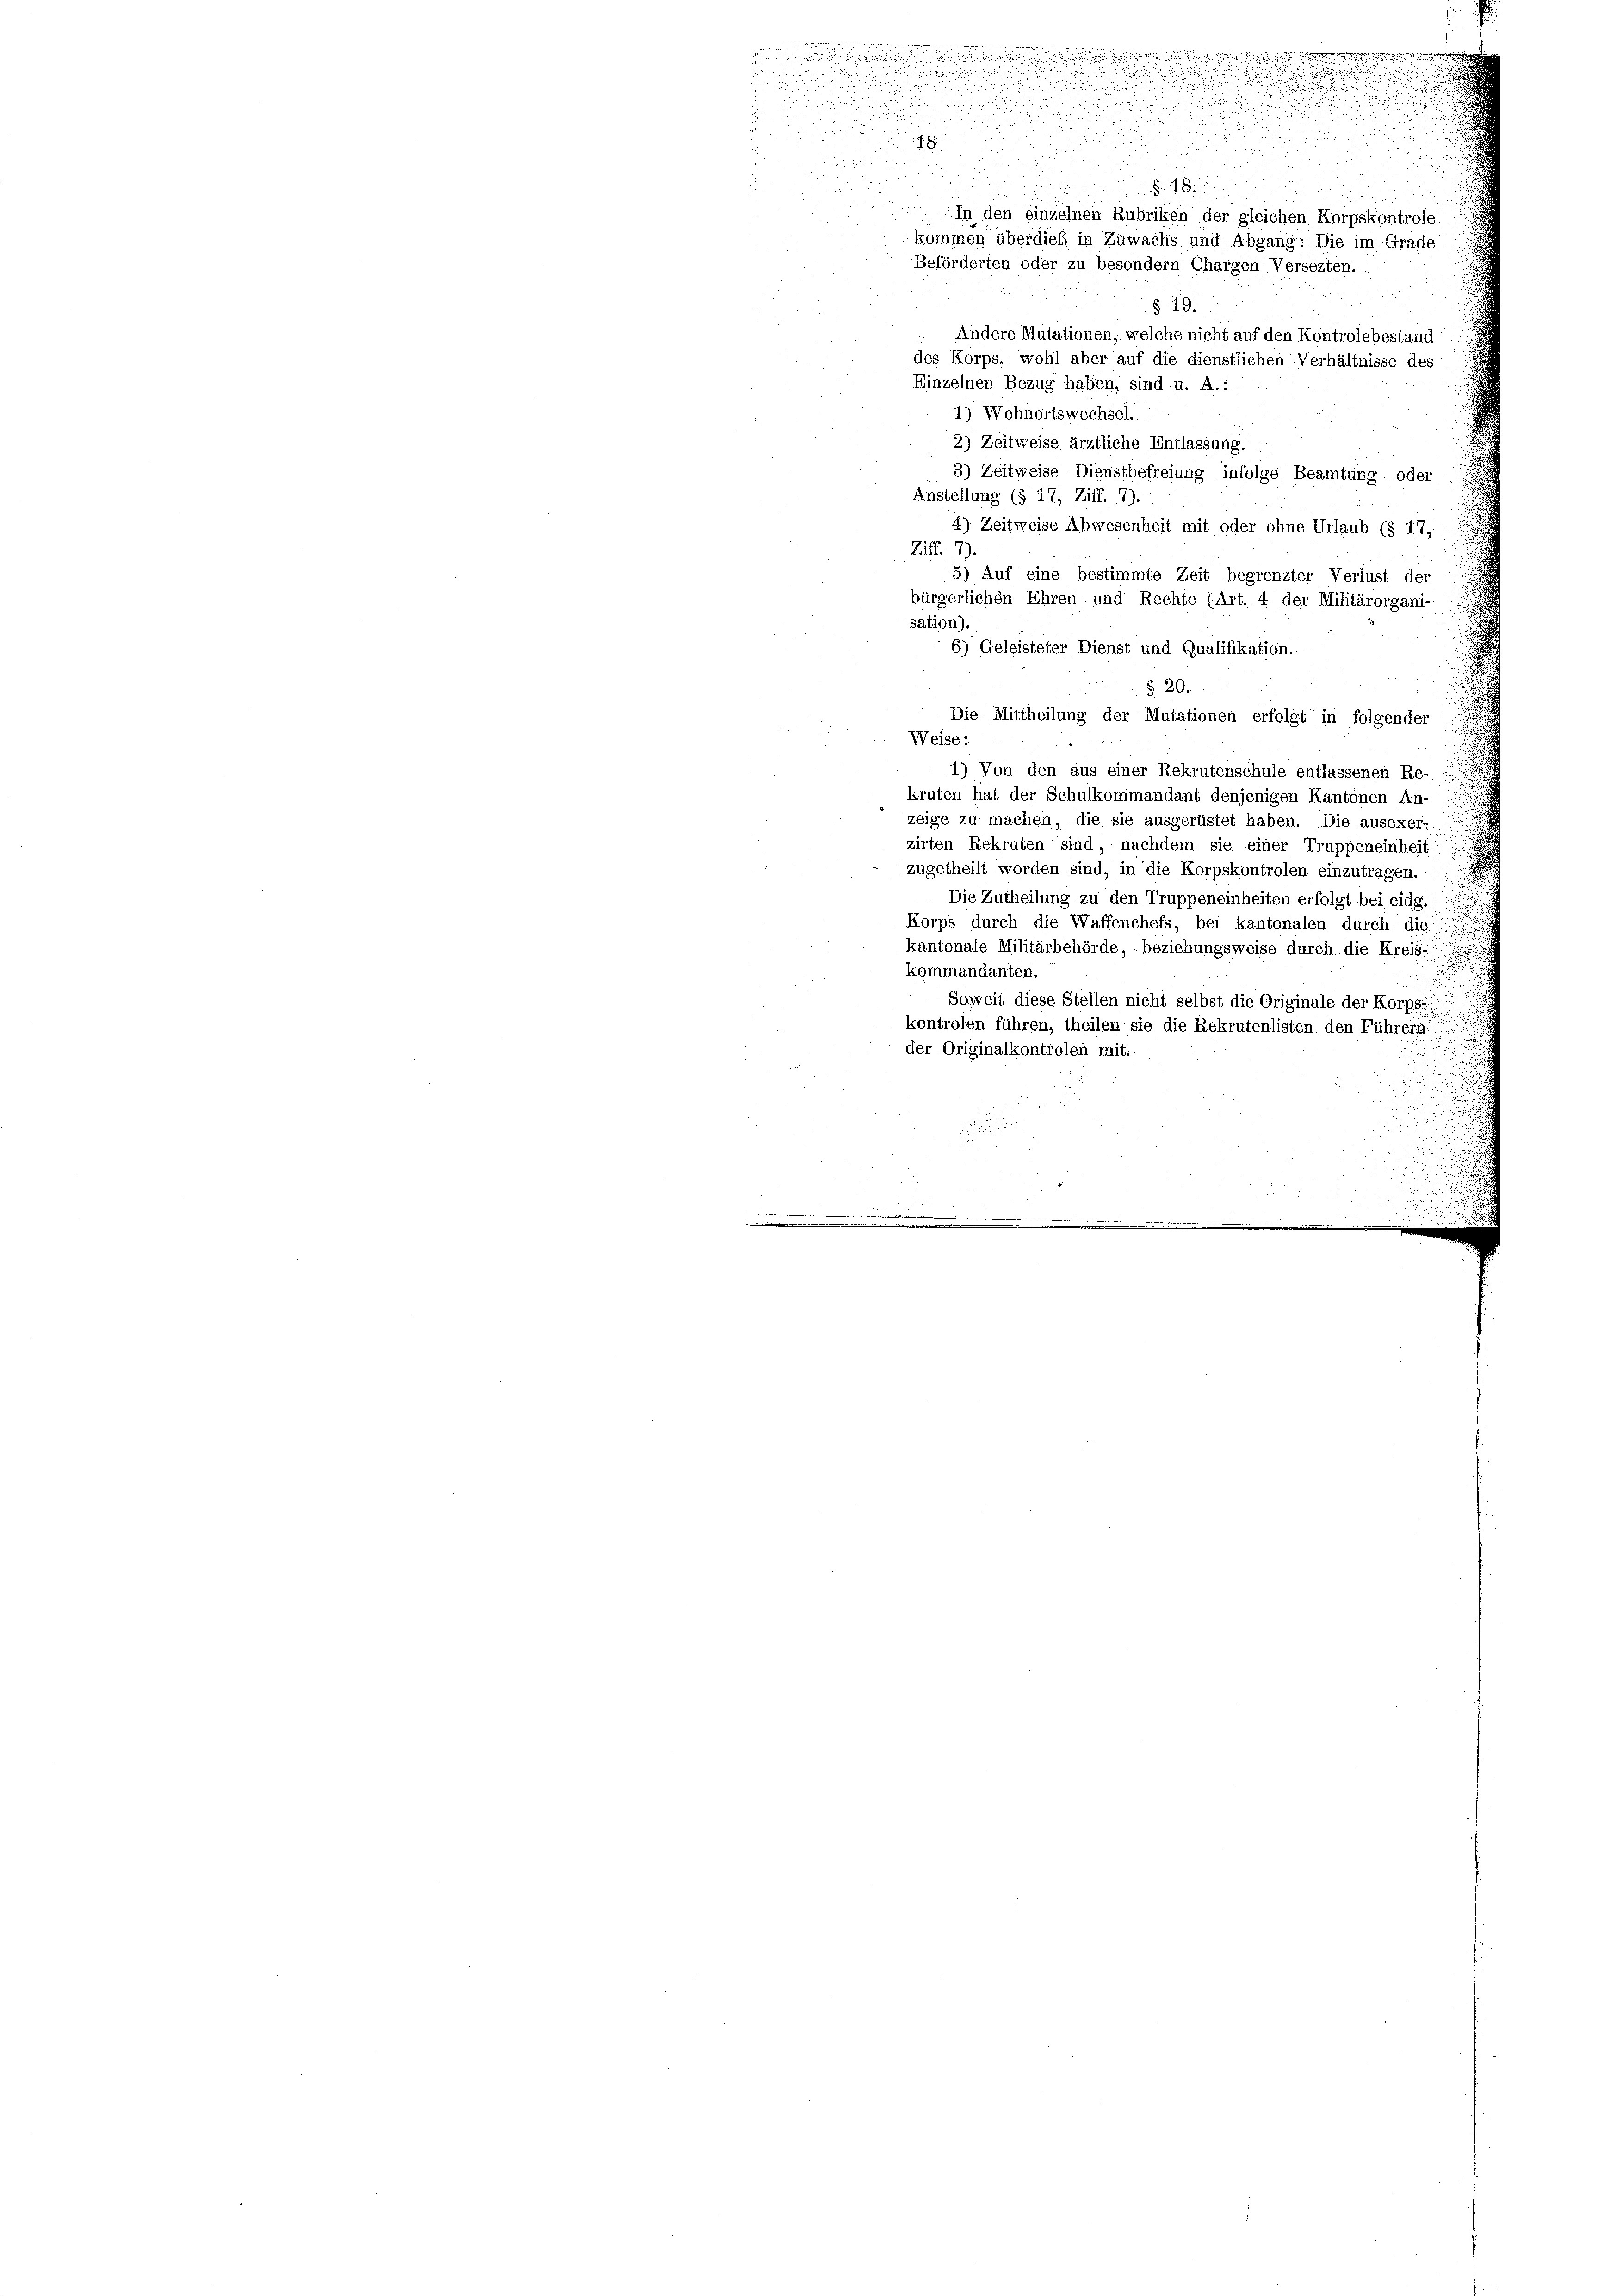
n

u
.

i
n

n

.

u

n
 5
18
d
.
§ 18.

§ 19.
Andere Mutationen, welche nicht auf den Kontrolebestand
des Korps, wohl aber auf die dienstlichen Verhältnisse des
Einzelnen Bezug haben, sind u. A.:
1) Wohnortswechsel.
2
2) Zeitweise ärztliche Entlassung.
3) Zeitweise Dienstbefreiung infolge Beamtung oder
.
Anstellung (§ 17, Ziff. 7).
.
4) Zeitweise Abwesenheit mit oder ohne Urlaub (§ 17,
Ziff. 2).
5) Auf eine bestimmte Zeit begrenzter Verlust der
bürgerlichen Ehren und Rechte (Art. 4 der Militärorgani-
sation).
6) Geleisteter Dienst und Qualifikation.
§ 20.
Die Mittheilung der Mutationen erfolgt in folgender
Weise:
1.) Von den aus einer Rekrutenschule entlassenen Re-
kruten hat der Schulkommandant denjenigen Kantonen An-
zeige zu machen, die sie ausgerüstet haben. Die ausexer-
zirten Rekruten sind, nachdem sie einer Truppeneinheit
zugetheilt worden sind, in die Korpskontrolen einzutragen.
Die Zutheilung zu den Truppeneinheiten erfolgt bei eidg.
Korps durch die Waffenchefs, bei kantonalen durch die
kantonale Militärbehörde, beziehungsweise durch die Kreis-
.
kommandanten.
.
Soweit diese Stellen nicht selbst die Originale der Korps
kontrolen führen, theilen sie die Rekrutenlisten den Führern
der Originalkontrolen mit.
u

In den einzelnen Rubriken der gleichen Korpskontrole:
kommen überdieß in Zuwachs und Abgang: Die im Grade
Beförderten oder zu besondern Chargen Verseiten.